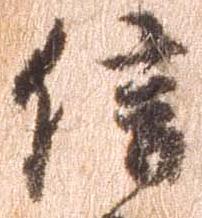
信